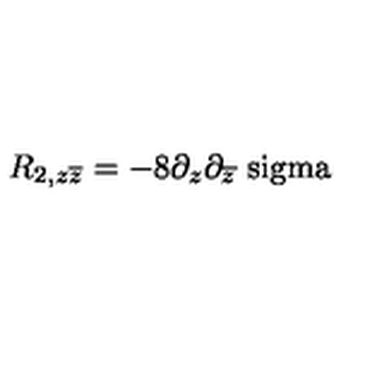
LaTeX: R _ { 2 , z \overline { { z } } } = - 8 \partial _ { z } \partial _ { \overline { { z } } } \mathrm { \ s i g m a }